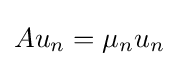
Au_{n}=\mu _{n}u_{n}